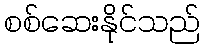
စစ်ဆေးနိုင်သည်